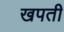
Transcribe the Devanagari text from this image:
खपती